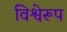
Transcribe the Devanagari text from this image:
विश्वेरूप